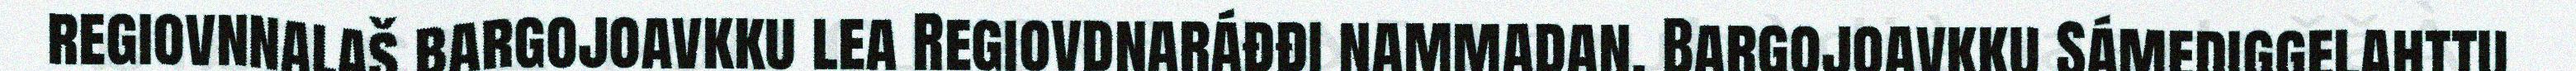
regiovnnalaš bargojoavkku lea Regiovdnaráđđi nammadan. Bargojoavkku Sámediggelahttu